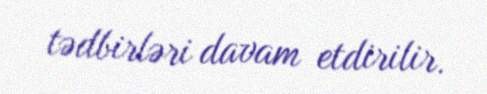
tədbirləri davam etdirilir.